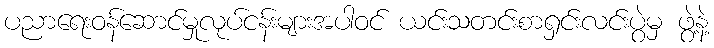
ပညာရေးဝန်ဆောင်မှုလုပ်ငန်းများအပါဝင် ယင်းသတင်းစာရှင်းလင်းပွဲမှ ဖွဲ့နဲ့